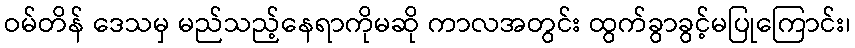
ဝမ်တိန် ဒေသမှ မည်သည့်နေရာကိုမဆို ကာလအတွင်း ထွက်ခွာခွင့်မပြုကြောင်း၊